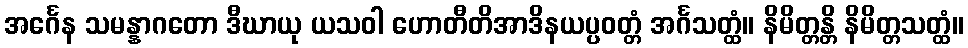
အင်္ဂေန သမန္နာဂတော ဒီဃာယု ယသဝါ ဟောတီတိအာဒိနယပ္ပဝတ္တံ အင်္ဂသတ္ထံ။ နိမိတ္တန္တိ နိမိတ္တသတ္ထံ။